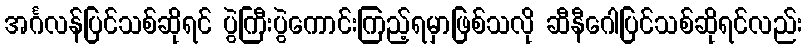
အင်္ဂလန်ပြင်သစ်ဆိုရင် ပွဲကြီးပွဲကောင်းကြည့်ရမှာဖြစ်သလို ဆီနီဂေါပြင်သစ်ဆိုရင်လည်း